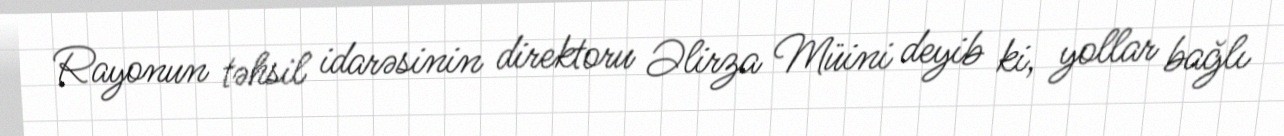
Rayonun təhsil idarəsinin direktoru Əlirza Müini deyib ki, yollar bağlı